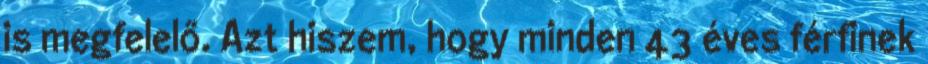
is megfelelő. Azt hiszem, hogy minden 43 éves férfinek